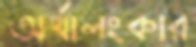
অর্থালংকার